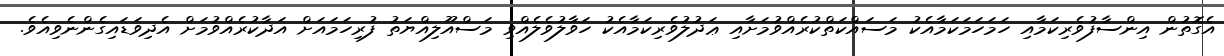
އެގޮތުން އިންސާފުވެރިކަމާއި ހަމަހަމަކަމާއެކު މަސައްކަތްކުރެއްވުމަށާއި ޢަދުލުވެރިކަމާއެކު ހަވާލުވެލެއްވި މަސްއޫލިއްޔަތު ފުރިހަމައަށް އަދާކުރެއްވުމަށް އެދިވަޑައިގެންނެވިއެވެ.